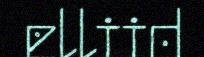
elliid